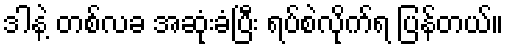
ဒါနဲ့ တစ်လခ အဆုံးခံပြီး ရပ်စဲလိုက်ရ ပြန်တယ်။